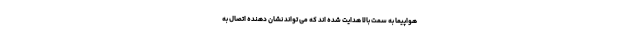
هواپیما به سمت بالا هدایت شده اند که می تواند نشان دهنده اتصال به